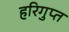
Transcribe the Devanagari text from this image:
हरिगुप्त